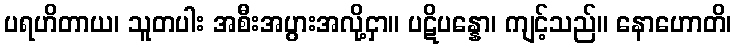
ပရဟိတာယ၊ သူတပါး အစီးအပွားအလို့ငှာ။ ပဋိပန္နော၊ ကျင့်သည်။ နောဟောတိ၊